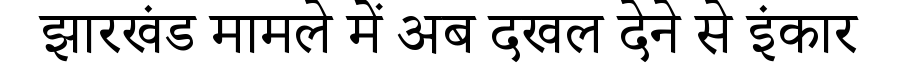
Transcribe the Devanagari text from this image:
झारखंड मामले में अब दखल देने से इंकार